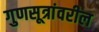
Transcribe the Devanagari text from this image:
गुणसूत्रांवरील